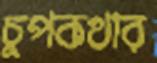
চুপকথার